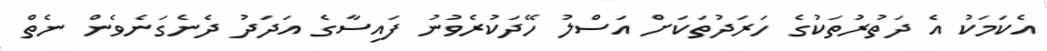
އެކަަމަކު އެ ދަތުރުތަކުގެ ހަރަދުތަކަށް އަސްލު ހޭދަކުރެވުނު ފައިސާގެ އަދަދު ދެނެގަނެވެން ނެތް